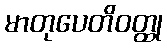
မာတုပေတိဝတ္ထု